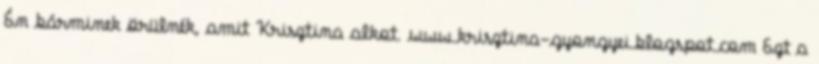
Én bárminek örülnék, amit Krisztina alkot. www.krisztina-gyongyei.blogspot.com Ezt a